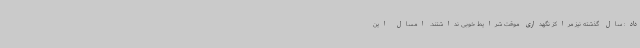
داد: سال گذشته نیز مراکز نگهداری موقت شرایط خوبی نداشتند. امسال این